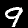
Label: 9